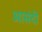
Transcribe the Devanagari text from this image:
आसंदी